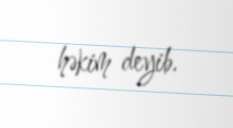
həkim deyib.